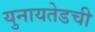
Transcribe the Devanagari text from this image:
युनायतेडची